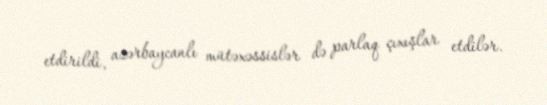
etdirildi, azərbaycanlı mütəxəssislər də parlaq çıxışlar etdilər.